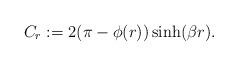
LaTeX: \begin{align*}C_{r}:=2(\pi-\phi(r))\sinh(\beta r).\end{align*}